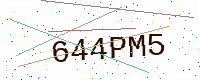
Text: 644PM5